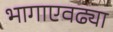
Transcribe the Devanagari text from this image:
भागाएवढ्या